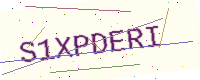
Text: S1XPDERI